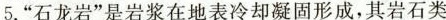
5.”石龙岩”是岩浆在地表冷却凝固形成，其岩石类